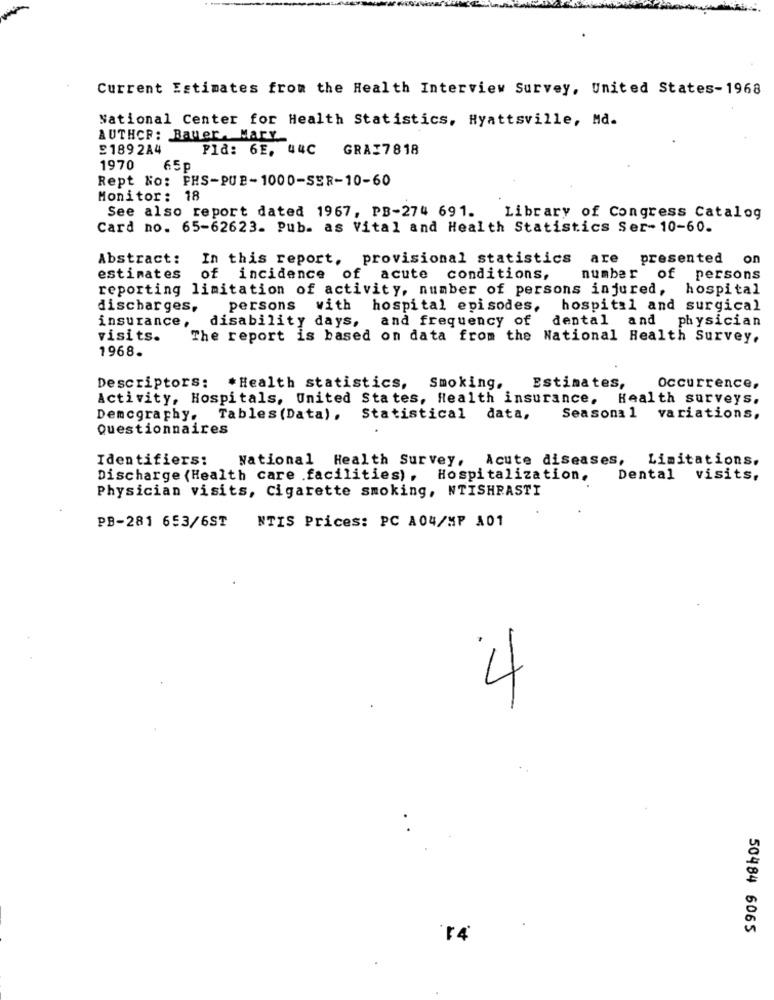
Current Estimates from the Health Interview Survey, United States-1968
National Center for Health Statistics, Hyattsville, Md.
AUTHOR: Bauer. Mary
£1892A4
Fld: 6E, 44C GRAI7818
1970
65P
Rept No: PHS-PUB-1000-SER-10-60
Monitor: 18
See also report dated 1967, PB-274 691. Library of Congress Catalog
Card no. 65-62623. Pub. as Vital and Health Statistics Ser- 10-60.
Abstract:
In this report, provisional statistics
are presented on
estimates of incidence of acute conditions,
number
of persons
reporting limitation of activity, number of persons injured,
hospital
discharges,
persons with hospital episodes,
hospital and surgical
disability days, and frequency of
dental and physician
insurance,
visits.
The report is based on data from the National Health Survey.
1968.
Descriptors: * Health statistics, Smoking.
Estimates,
Occurrence.
Activity, Hospitals, United States, Health insurance, Health surveys.
Demcgraphy, Tables (Data), Statistical data,
Seasonal variations,
Questionnaires
.
Identifiers:
National Health Survey, Acute diseases,
Limitations.
Discharge (Health care facilities), Hospitalization.
Dental
visits,
Physician visits, Cigarette smoking, NTISHRASTI
NTIS Prices: PC A04/MP A01
PB-281 653/6ST
4
50484 6065